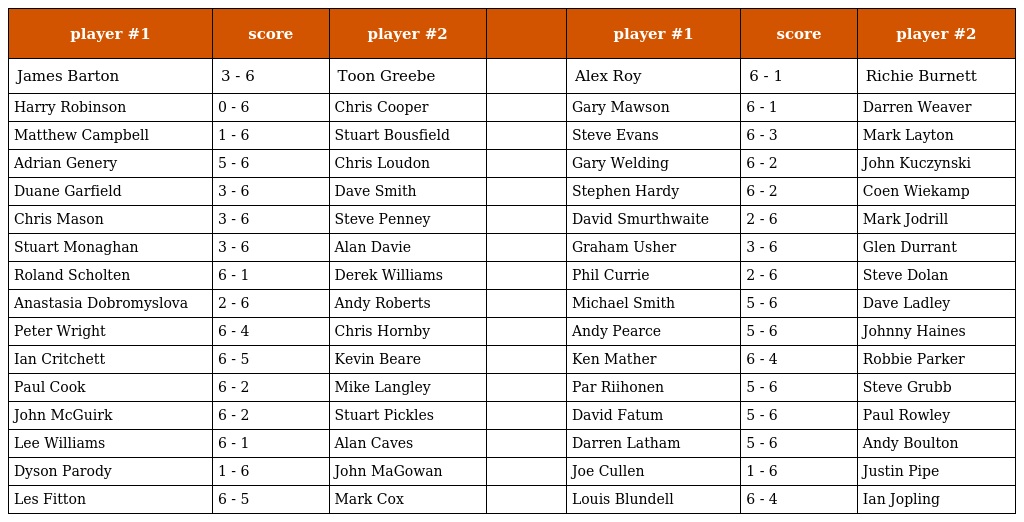
| player #1 | score | player #2 |  | player #1 | score | player #2 |
 | --- | --- | --- | --- | --- | --- | --- |
 | James Barton | 3 - 6 | Toon Greebe |  | Alex Roy | 6 - 1 | Richie Burnett |
 | Harry Robinson | 0 - 6 | Chris Cooper |  | Gary Mawson | 6 - 1 | Darren Weaver |
 | Matthew Campbell | 1 - 6 | Stuart Bousfield |  | Steve Evans | 6 - 3 | Mark Layton |
 | Adrian Genery | 5 - 6 | Chris Loudon |  | Gary Welding | 6 - 2 | John Kuczynski |
 | Duane Garfield | 3 - 6 | Dave Smith |  | Stephen Hardy | 6 - 2 | Coen Wiekamp |
 | Chris Mason | 3 - 6 | Steve Penney |  | David Smurthwaite | 2 - 6 | Mark Jodrill |
 | Stuart Monaghan | 3 - 6 | Alan Davie |  | Graham Usher | 3 - 6 | Glen Durrant |
 | Roland Scholten | 6 - 1 | Derek Williams |  | Phil Currie | 2 - 6 | Steve Dolan |
 | Anastasia Dobromyslova | 2 - 6 | Andy Roberts |  | Michael Smith | 5 - 6 | Dave Ladley |
 | Peter Wright | 6 - 4 | Chris Hornby |  | Andy Pearce | 5 - 6 | Johnny Haines |
 | Ian Critchett | 6 - 5 | Kevin Beare |  | Ken Mather | 6 - 4 | Robbie Parker |
 | Paul Cook | 6 - 2 | Mike Langley |  | Par Riihonen | 5 - 6 | Steve Grubb |
 | John McGuirk | 6 - 2 | Stuart Pickles |  | David Fatum | 5 - 6 | Paul Rowley |
 | Lee Williams | 6 - 1 | Alan Caves |  | Darren Latham | 5 - 6 | Andy Boulton |
 | Dyson Parody | 1 - 6 | John MaGowan |  | Joe Cullen | 1 - 6 | Justin Pipe |
 | Les Fitton | 6 - 5 | Mark Cox |  | Louis Blundell | 6 - 4 | Ian Jopling |